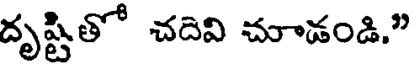
దృష్టితో చదివి చూడండి."